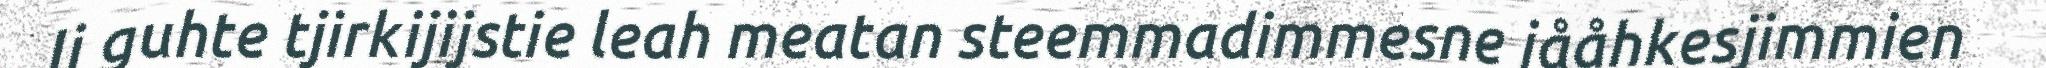
Ij guhte tjirkijijstie leah meatan steemmadimmesne jååhkesjimmien